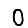
Digit: 0